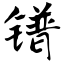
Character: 镨